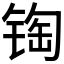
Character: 𰾏